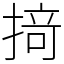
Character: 𢰤